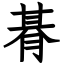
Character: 朞